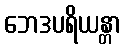
ဘေဒပရိယန္တာ